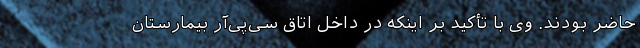
حاضر بودند. وی با تأکید بر اینکه در داخل اتاق سی‌پی‌آر بیمارستان